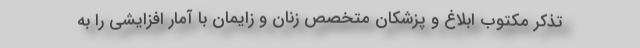
تذکر مکتوب ابلاغ و پزشکان متخصص زنان و زایمان با آمار افزایشی را به